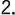
2.